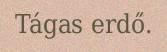
Tágas erdő.